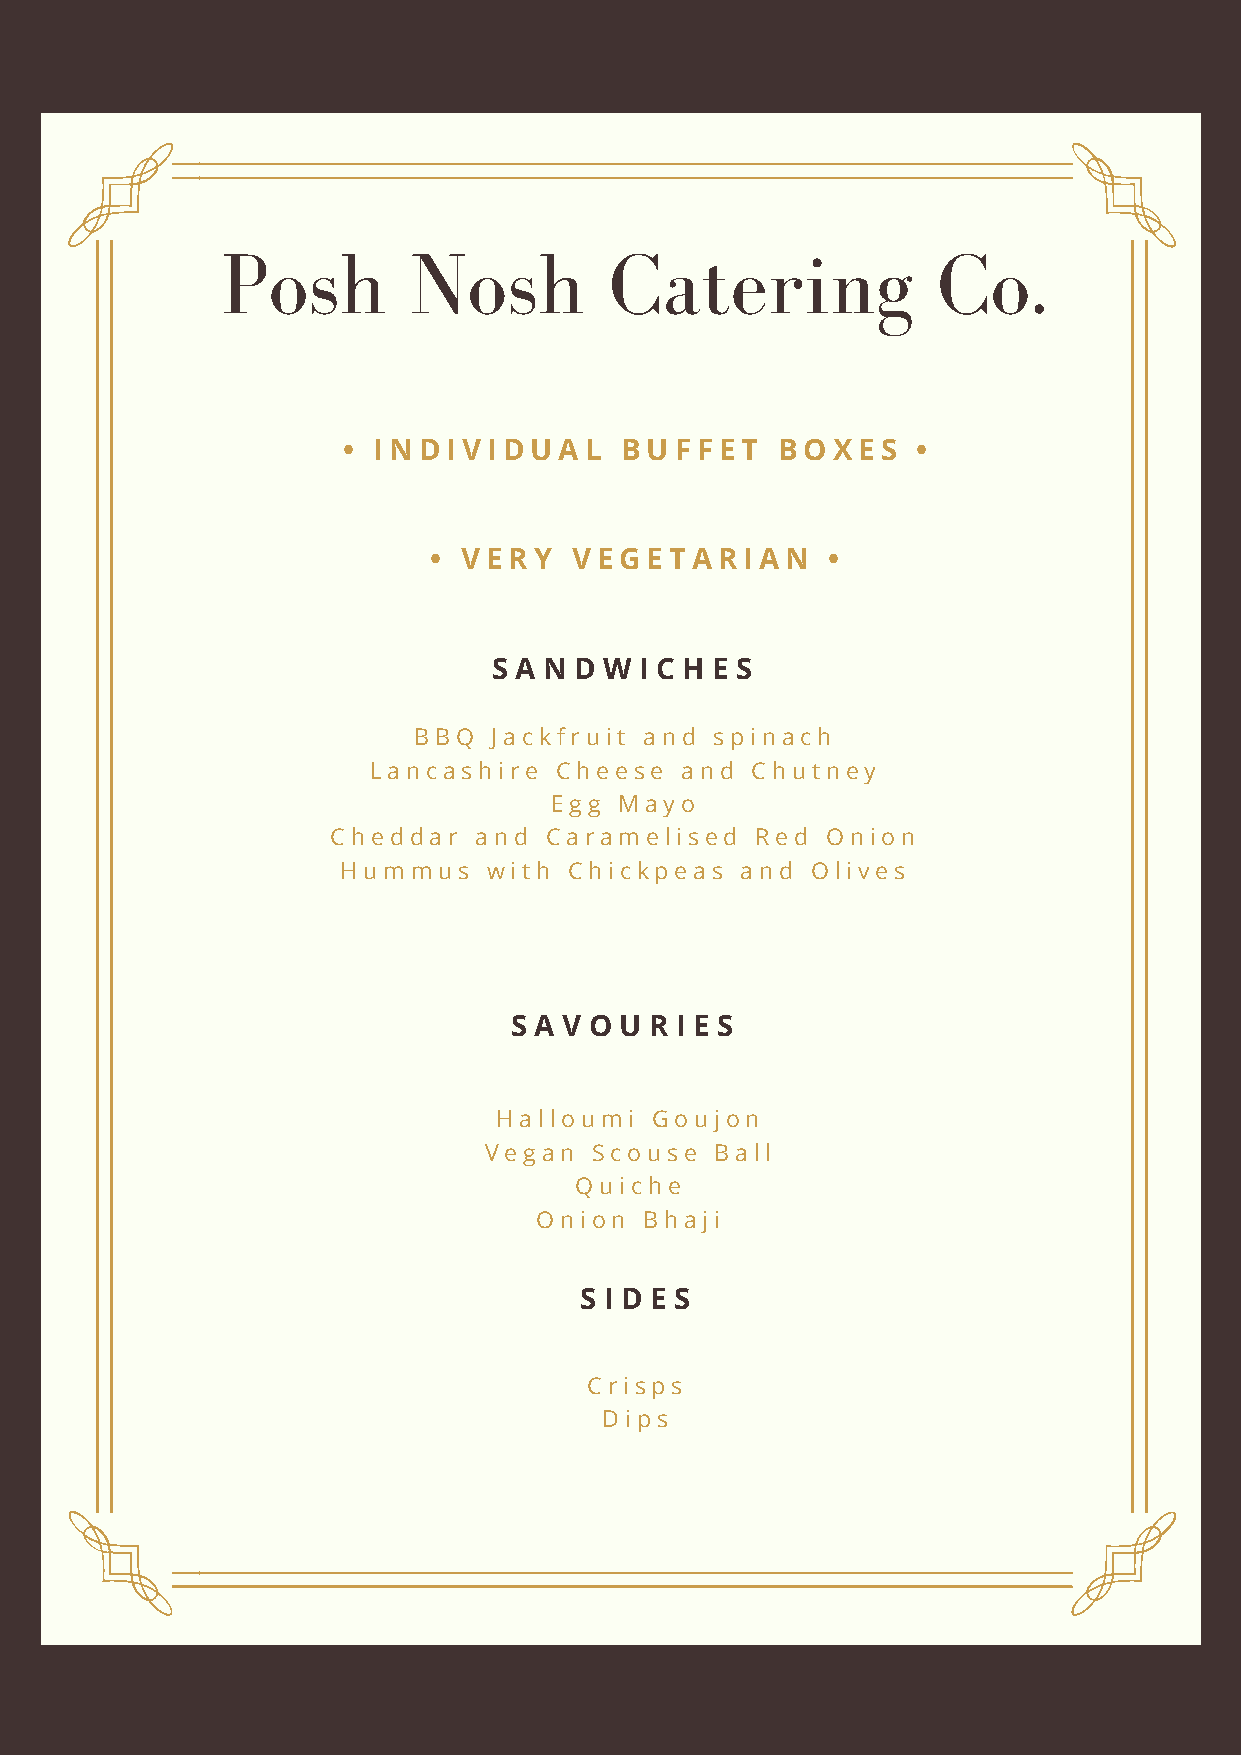
Posh        Nosh         Catering              Co.
 • INDIVIDUAL      BUFFET    BOXES     •
 •  VERY   VEGETARIAN       •
 S A N D W I C H E S
 BBQ   Jackfruit and spinach
 Lancashire   Cheese  and  Chutney
 Egg  Mayo
 Cheddar  and  Caramelised   Red  Onion
 Hummus   with  Chickpeas  and  Olives
 S A V O U R I E S
 Halloumi  Goujon
 Vegan  Scouse  Ball
 Quiche
 Onion   Bhaji
 S I D E S
 Crisps
 Dips